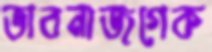
ভাবনাজগেক